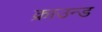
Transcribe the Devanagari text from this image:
क्राउन्ड